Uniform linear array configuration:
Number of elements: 4
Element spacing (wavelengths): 0.75
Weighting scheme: binomial
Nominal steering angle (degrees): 0
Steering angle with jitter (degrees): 0.4222
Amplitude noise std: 0.05
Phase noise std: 0.05

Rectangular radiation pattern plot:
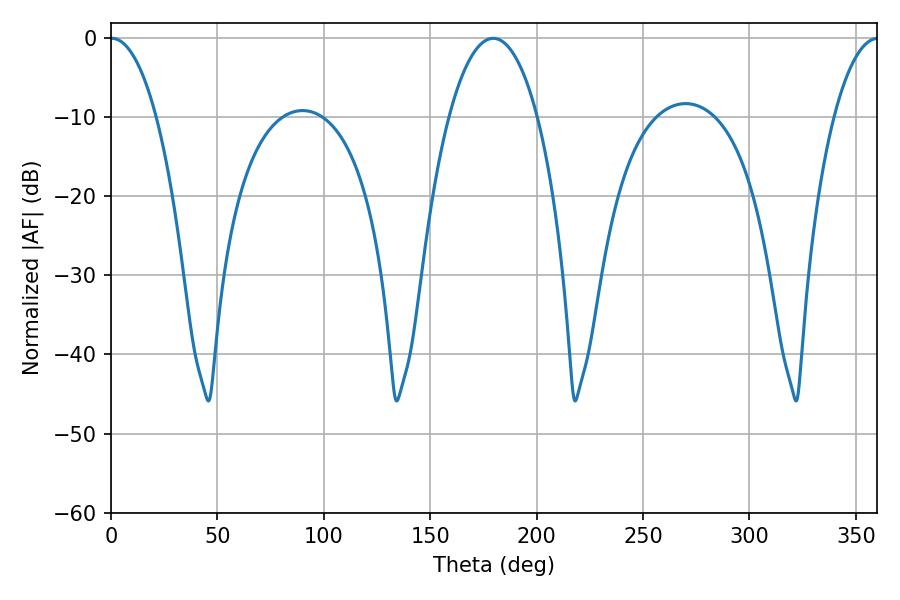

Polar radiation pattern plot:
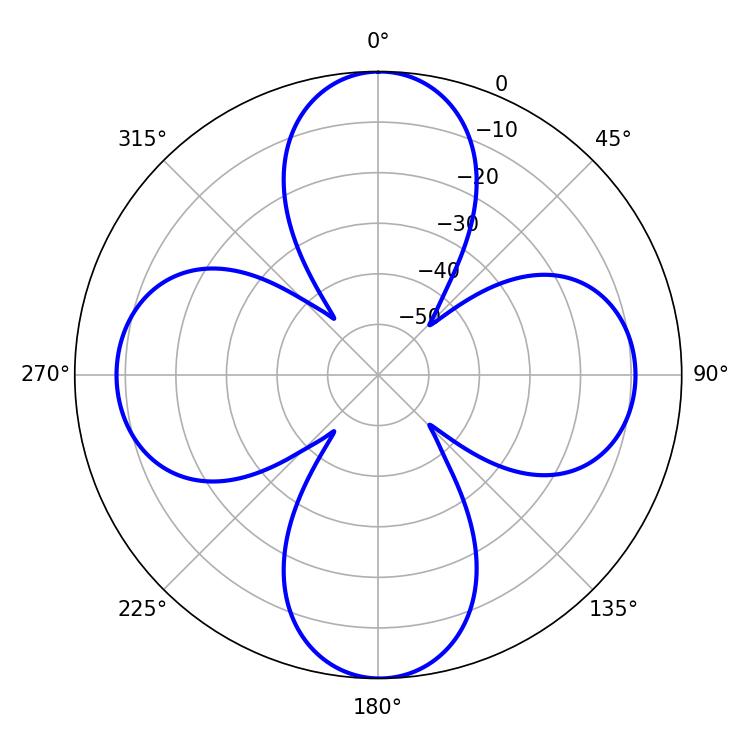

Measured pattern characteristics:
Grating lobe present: TRUE
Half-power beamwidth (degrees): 12.06
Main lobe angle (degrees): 0.36